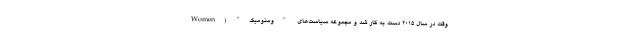
وقت در سال 2015 دست به کار شد و مجموعه سیاست‌های "ومنومیک" (Women